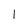
Character: l